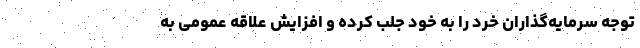
توجه سرمایه‌گذاران خرد را به خود جلب کرده و افزایش علاقه عمومی به